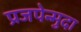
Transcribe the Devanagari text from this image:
प्रजपेन्मुदा